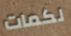
لكمات